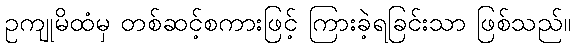
ဥကျုမိထံမှ တစ်ဆင့်စကားဖြင့် ကြားခဲ့ရခြင်းသာ ဖြစ်သည်။